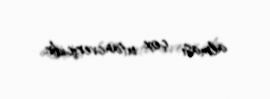
alması çox utancvericidir.